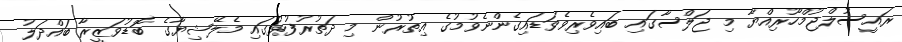
ރައީސުލްޖުމްހޫރިއްޔާ މި ޖަލްސާގައި ބައިވެރިވެވަޑައިގެންނެވުމުގެ އިތުރުން މި ދަތުރުފުޅުގައި މެލޭޝިޔާގެ ބޮޑުވަޒީރާ ބައްދަލު